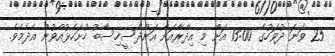
25 ވަނަ ދުވަހުގެ 13:00 އަށް މި އިދާރާއަށް އަންދާސީހިސާބު ހުށަހެޅުއްވުން އެދެމެވެ.